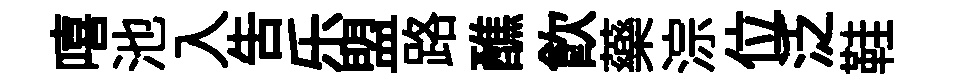
嘻池入吿乐盟路醮飲藥淙位泛鞋